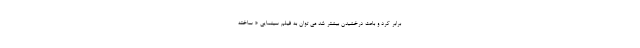
برابر کرد و باعث درخشیدن بیشتر شد می توان به فیلم سینمایی « ساخته